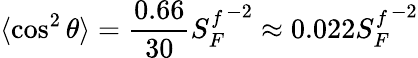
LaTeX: \langle\cos^{2}\theta\rangle=\frac{0.66}{30}{S_{F}^{f}}^{-2}\approx 0.022{S_{F}^{f}}^{-2}